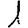
Digit: 1